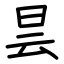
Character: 昙